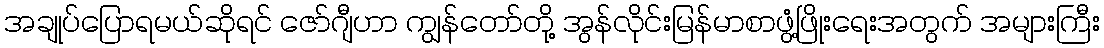
အချုပ်ပြောရမယ်ဆိုရင် ဇော်ဂျီဟာ ကျွန်တော်တို့ အွန်လိုင်းမြန်မာစာဖွံ့ဖြိုးရေးအတွက် အများကြီး